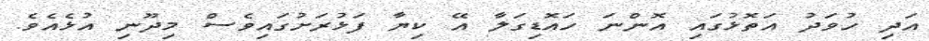
އަދި ހުވަދު އަތޮޅުގައި އޮންނަ ހައޮޑިގަލާ އޭ ކިޔާ ފަޅުރަށުގައިވެސް މިދޫނި އުޅެއެވެ.